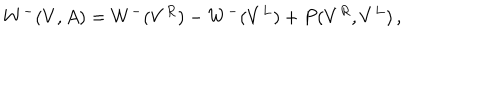
LaTeX: W ^ { - } ( V , A ) = W ^ { - } ( V ^ { R } ) - W ^ { - } ( V ^ { L } ) + P ( V ^ { R } , V ^ { L } ) \, ,